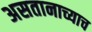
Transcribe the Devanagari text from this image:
असतानाच्याच